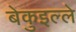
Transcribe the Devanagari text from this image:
बेकुइल्ले